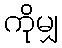
ကိုမျှ